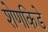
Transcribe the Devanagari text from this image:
शेणकिडे